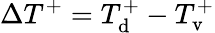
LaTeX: \Delta T^{+}=T_{\mathrm{d}}^{+}-T_{\mathrm{v}}^{+}